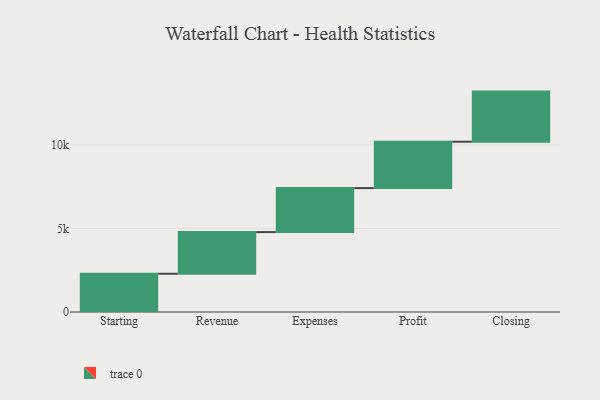
{"axis": {"x": "Step", "y": "Value"}, "legend": [""], "data": [{"x": "Starting", "y": 2290.0, "type": ""}, {"x": "Revenue", "y": 2493.0, "type": ""}, {"x": "Expenses", "y": 2633.0, "type": ""}, {"x": "Profit", "y": 2776.0, "type": ""}, {"x": "Closing", "y": 3000, "type": ""}]}